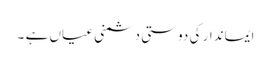
ایماندار کی دوستی دشمنی عیاں ہے ۔